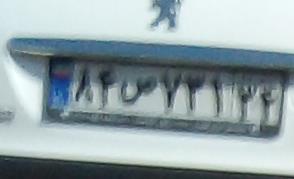
۸۴ص۷۳۱۳۴